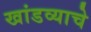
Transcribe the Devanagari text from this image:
खांडव्याचे